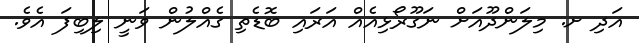
އަދި ށ. މިލަންދޫއަށް ނަގޫރޯޅިއެއް އަރައި ބޮޑެތި ގެއްލުން ވަނީ ލިބިފަ އެވެ.